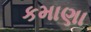
કમાણા